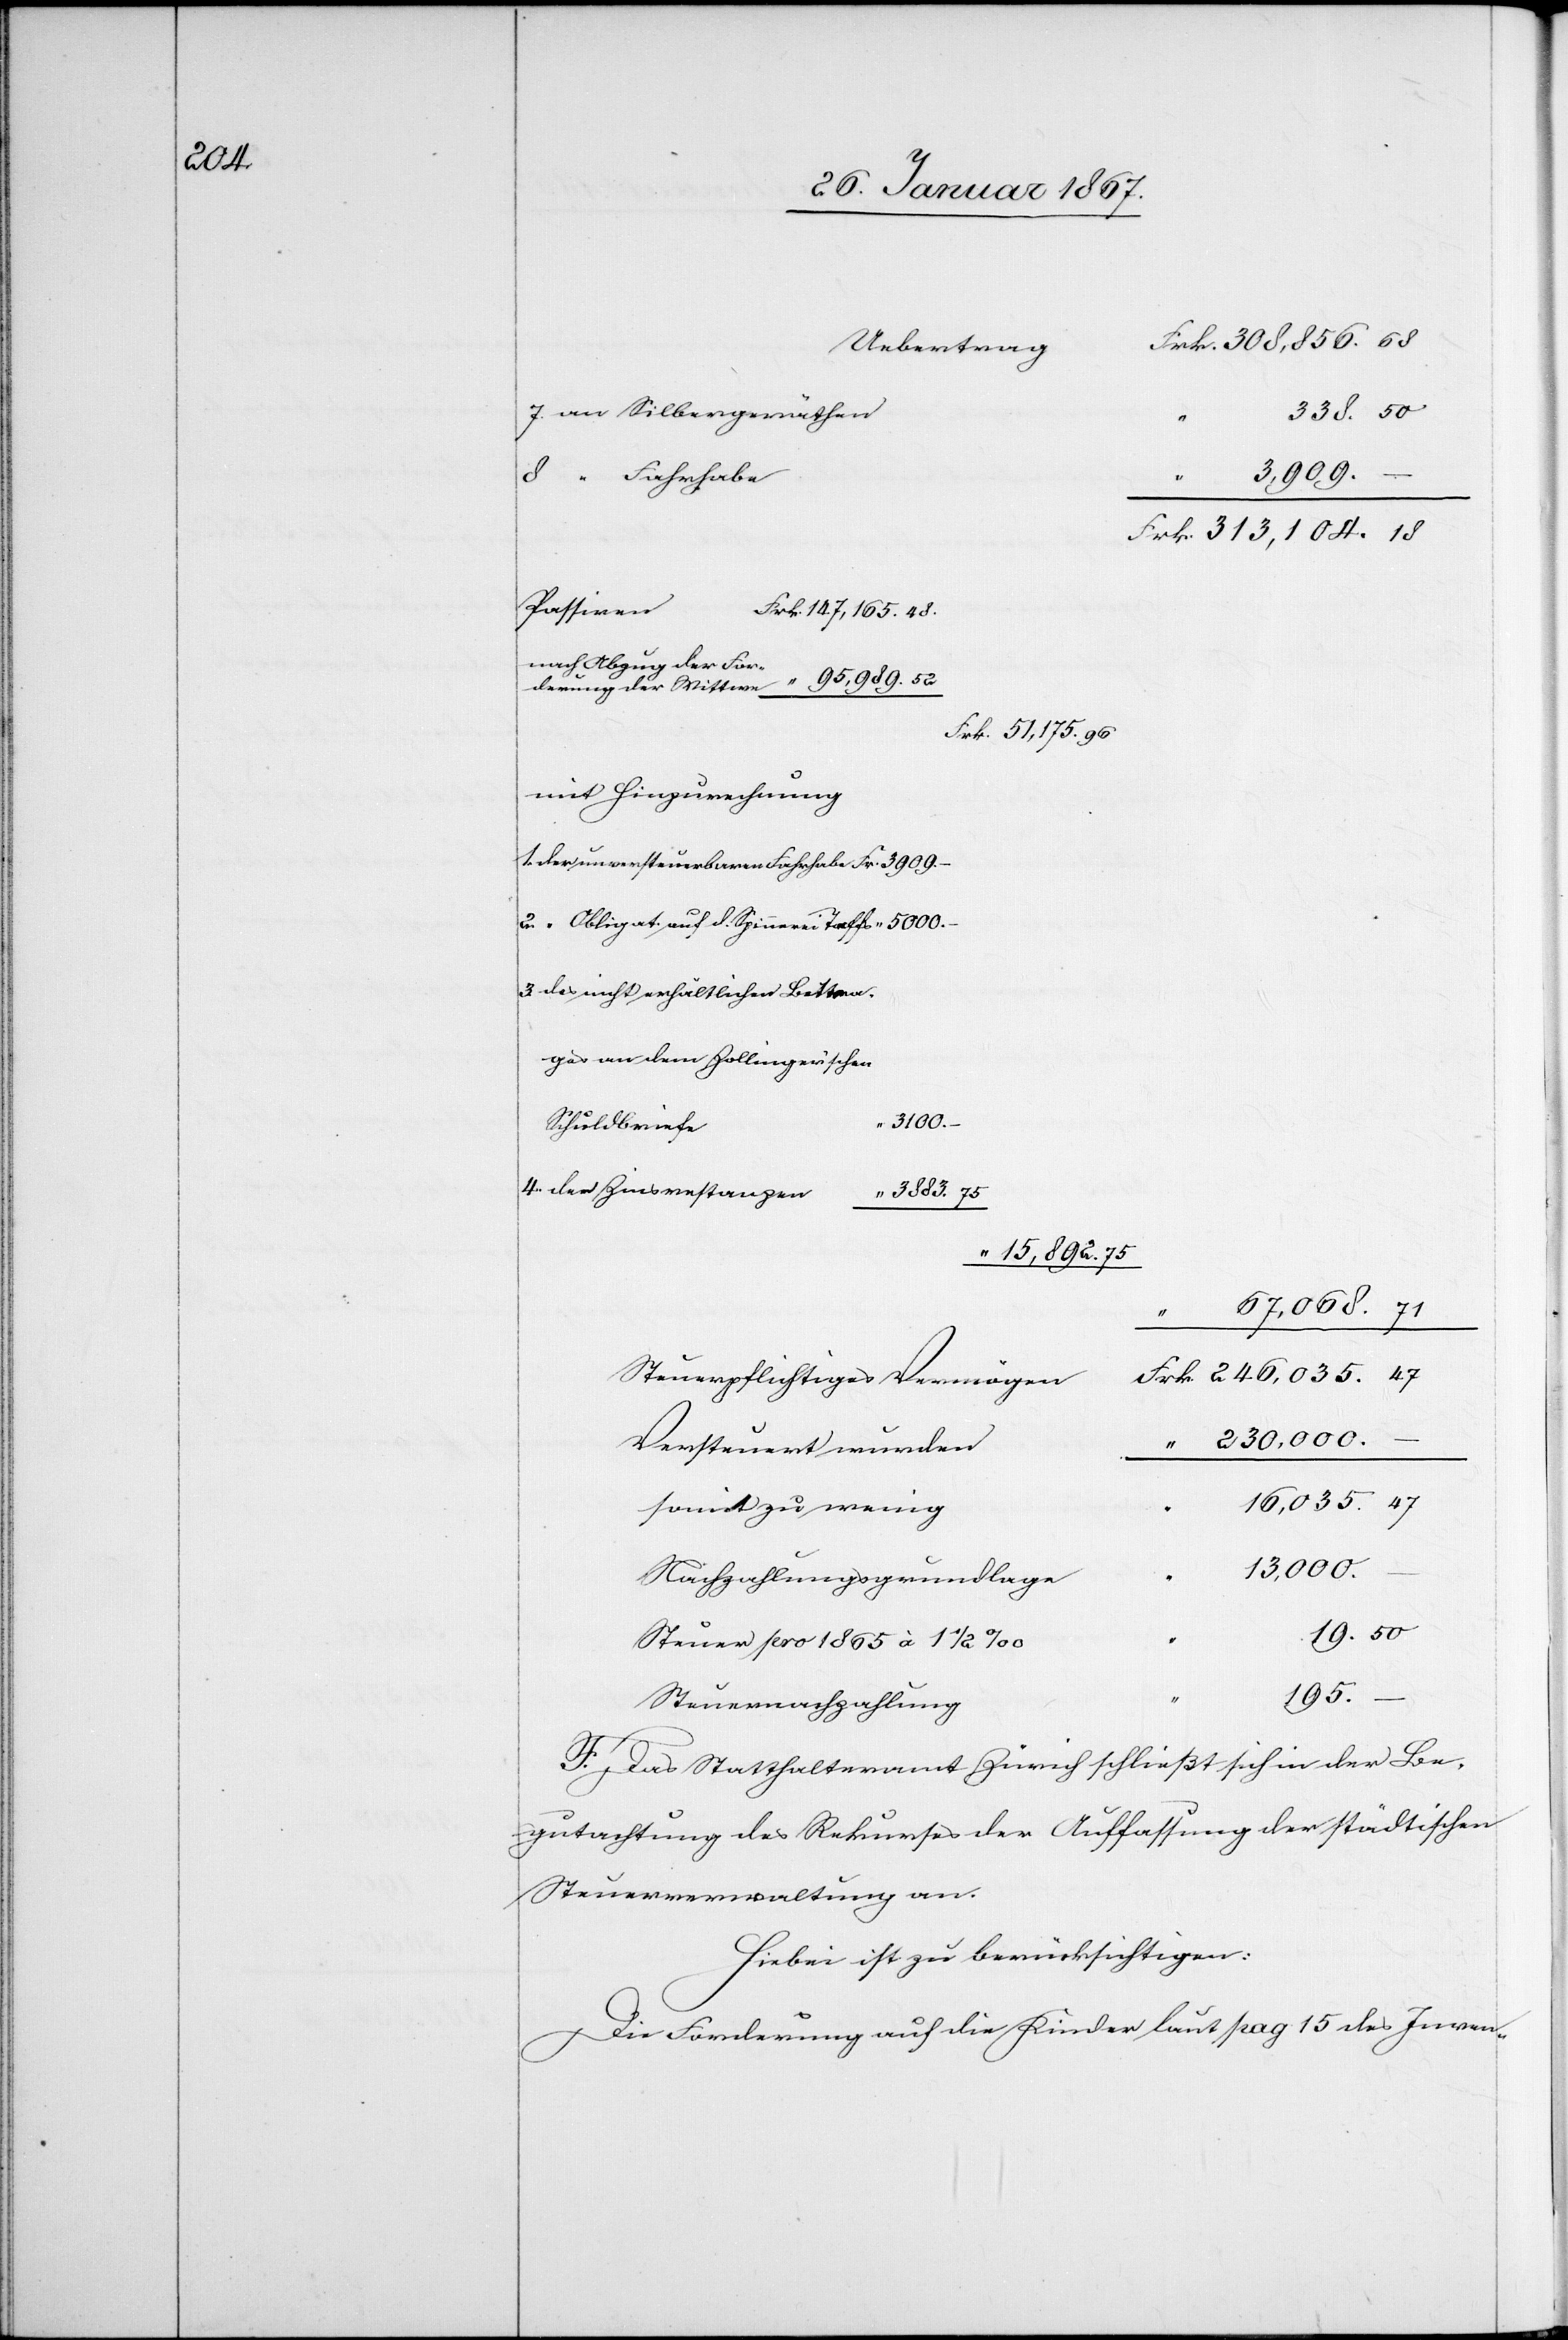
338. 50
7. an Silbergeräthe¬
dem
3100.
–
Frk. 	313,104. 18
nach Abzug der For¬
es
Frk. 	 51,175. 96
Mit Hinzurechnung
1. der unversteuerbaren Fahrhabe 	Fr. 3909. –
2. “ Obligat. auf d. Spinnerei Talfs	 “ 5000.
3. des nicht erhältlichen Beitrag¬
Schuldbrief
4. der Zinsrestanzen
“ 3883. 75
“ 15,892. 75
57,068. 71
rk.	246,035. 47
Steuerpflichtiges Vermöge¬
230,000.
Versteuert wurde¬
–
16,035. 47
52
13,000.
Nachzahlungsgrundlage
19. 50
Steuer pro 1865 à 1 1/2
195.
Steuernachzahlung
F. Das Statthalteramt Zürich schließt sich in der Be¬
gutachtung des Rekurses der Auffassung der städtischen
Steuerverwaltung an.
Hiebei ist zu berücksichtigen:
Die Forderung auf die Kinder laut pag 15 des Inven-